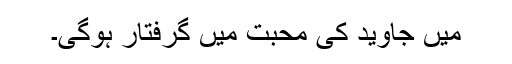
میں جاوید کی محبت میں گرفتار ہوگی۔